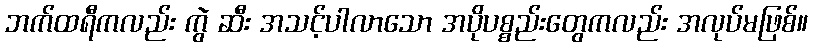
ဘက်ထရီကလည်း ကွဲ ဆီး အသင့်ပါလာသော အပိုပစ္စည်းတွေကလည်း အလုပ်မဖြစ်။